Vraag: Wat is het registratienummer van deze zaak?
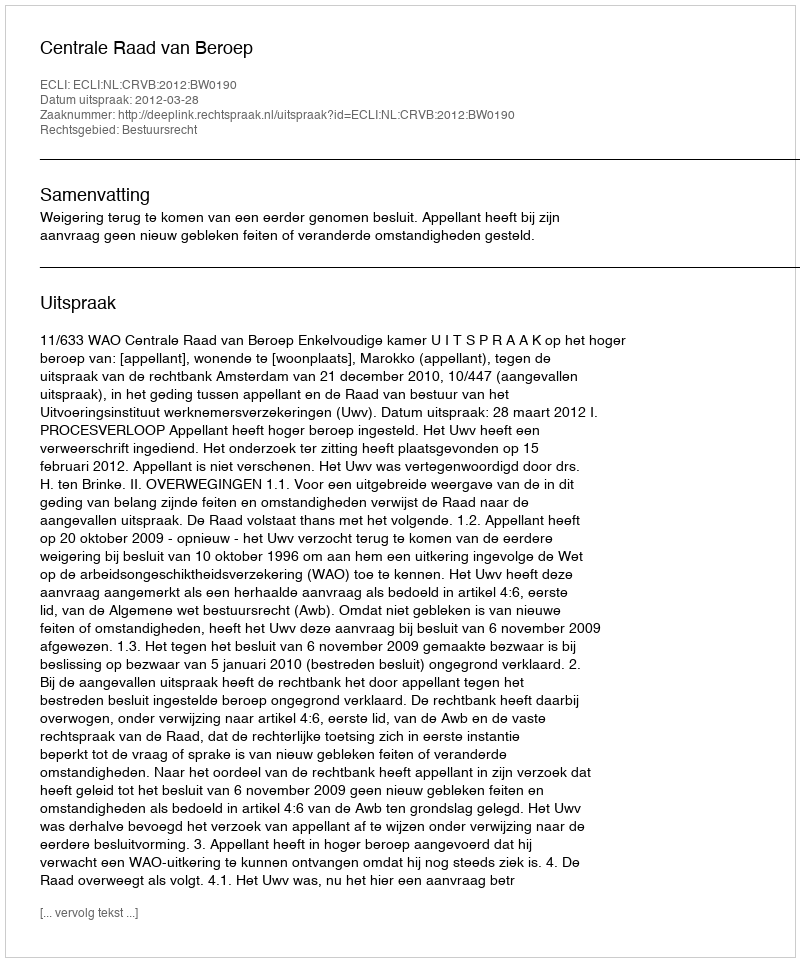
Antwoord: http://deeplink.rechtspraak.nl/uitspraak?id=ECLI:NL:CRVB:2012:BW0190